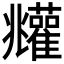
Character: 𩁧